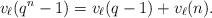
LaTeX: \begin{align*} v_\ell(q^n - 1) = v_\ell(q - 1) + v_\ell(n).\end{align*}